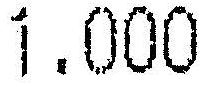
1.000